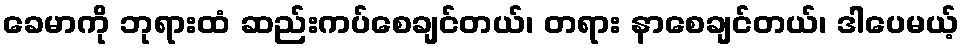
ခေမာကို ဘုရားထံ ဆည်းကပ်စေချင်တယ်၊ တရား နာစေချင်တယ်၊ ဒါပေမယ့်